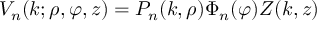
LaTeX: V _ { n } ( k ; \rho , \varphi , z ) = P _ { n } ( k , \rho ) \Phi _ { n } ( \varphi ) Z ( k , z )